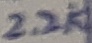
Text: 2.2K